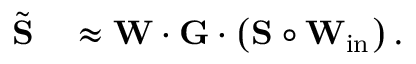
\begin{array} { r l } { \tilde { \bf S } } & { { } \approx { \bf W } \cdot { \bf G } \cdot \left( { \bf S } \circ { \bf W } _ { \mathrm { i n } } \right) . } \end{array}